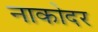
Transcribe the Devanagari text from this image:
नाकोदर